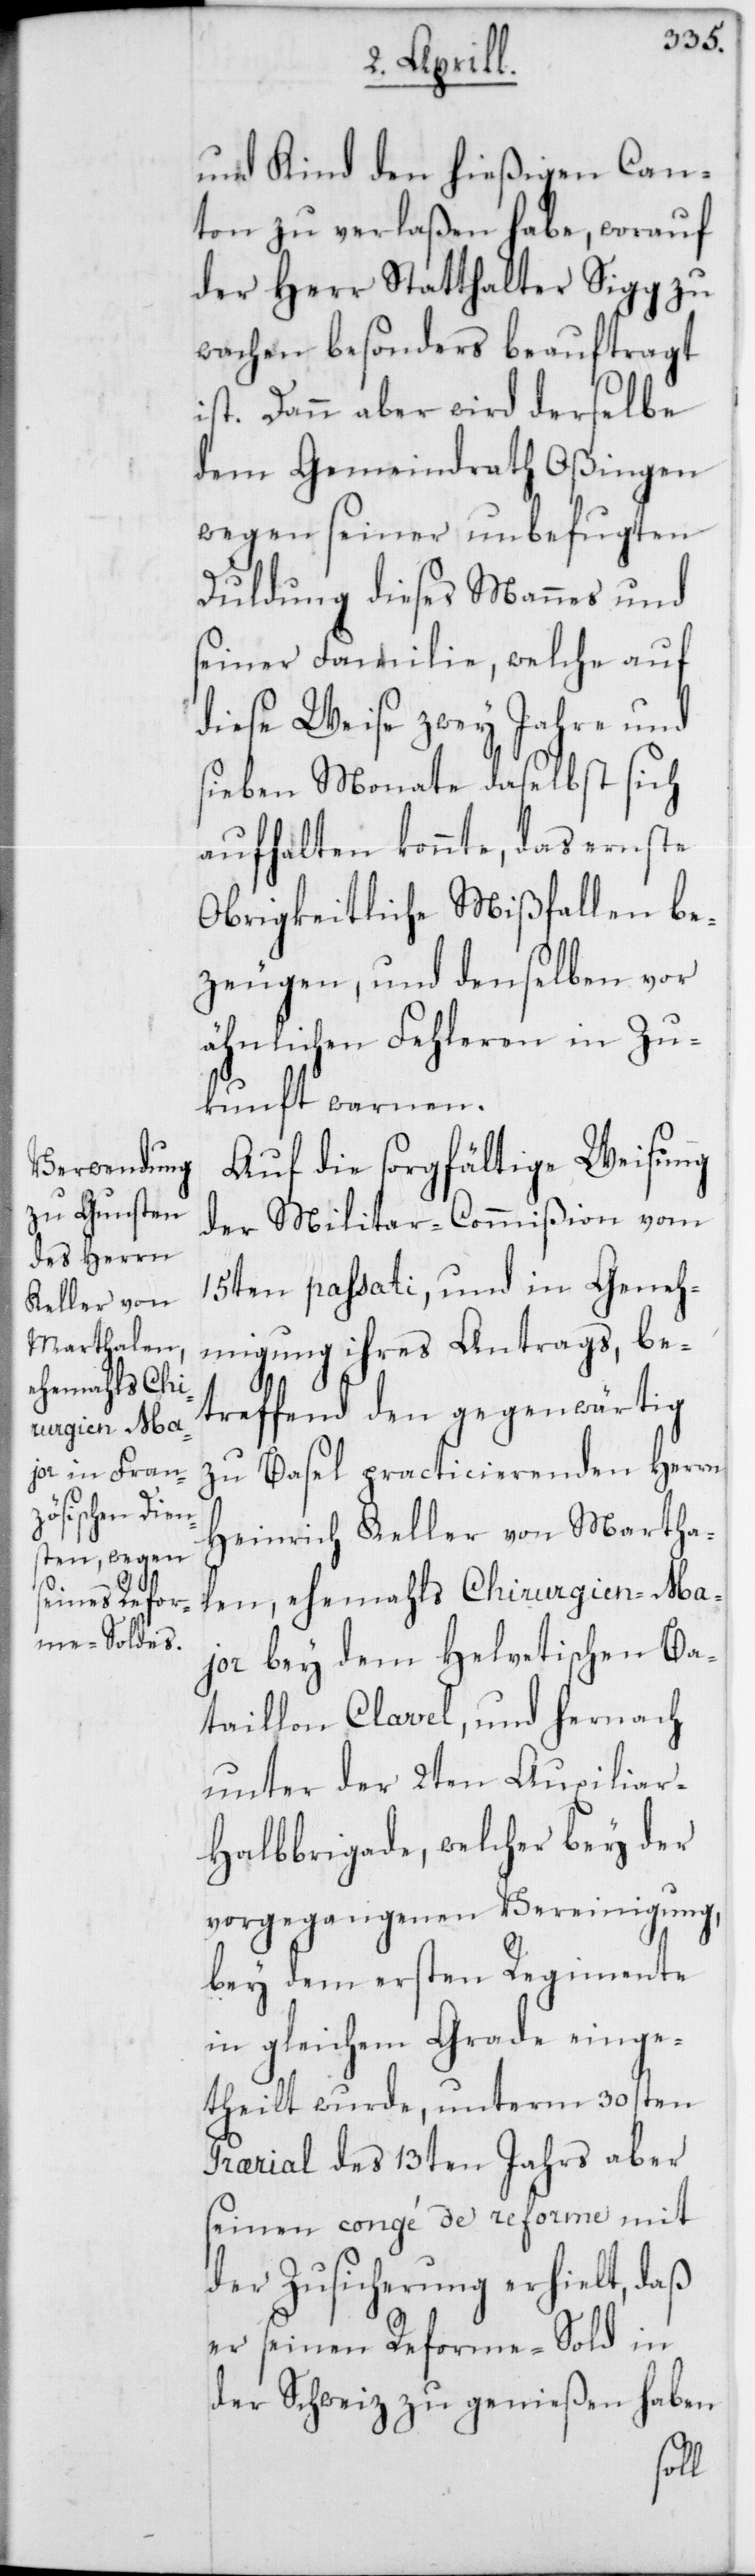
und Kind den hießigen Can¬
ton zu verlaßen habe, worauf
der Herr Statthalter Sigg zu
wachen besonders beauftragt
ist. Dann aber wird derselbe
dem Gemeindrath Oßingen
wegen seiner unbefugten
Duldung dieses Mannes und
seiner Familie, welche auf
diese Weise zwey Jahre und
sieben Monate daselbst sich
aufhalten konnte, das ernste
Obrigkeitliche Mißfallen be¬
zeugen, und denselben vor
ähnlichen Fehleren in Zu¬
kunft warnen.
Auf die sorgfältige Weisung
der Militar-Commißion vom
15ten passati, und in Geneh¬
migung ihres Antrags, be¬
treffend den gegenwärtig
zu Basel practicierenden Herrn
Heinrich Keller von Martha¬
len, ehemahls Chirurgien-Ma¬
jor bey dem Helvetischen Ba¬
taillon Clavel, und hernach
unter der 2ten Auxilia¬
r-Halbbrigade, welche bey der
vorgegangenen Vereinigung,
bey dem ersten Regimente
in gleichem Grade einge¬
theilt wurde, unterm 30sten
Prarial des 13ten Jahrs aber
seinen congé de reforme mit
der Zusicherung erhielt, daß
er seinen Reforme-Sold in
der Schweiz zu genießen haben